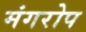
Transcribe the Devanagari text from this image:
मंगरोप